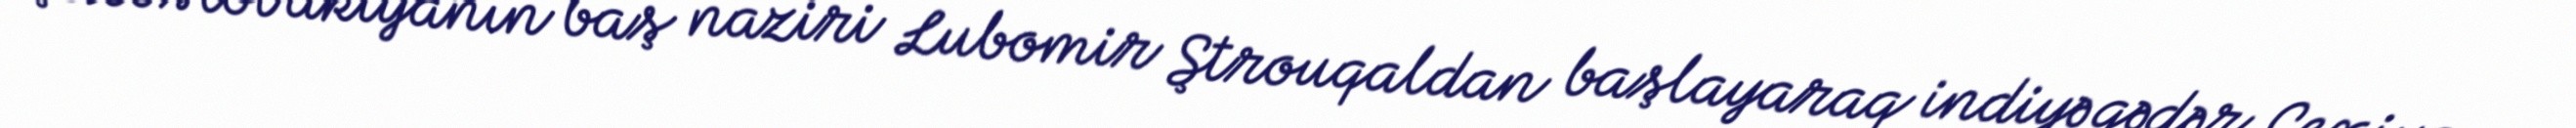
Çexoslovakiyanın baş naziri Lubomir Ştrouqaldan başlayaraq indiyə qədər Çexiya